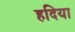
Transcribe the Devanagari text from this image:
हदिया